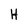
Character: H